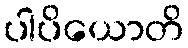
ပါပိယောတိ